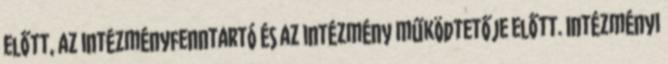
előtt, az intézményfenntartó és az intézmény működtetője előtt. Intézményi